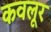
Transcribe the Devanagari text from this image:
कवलूर